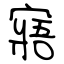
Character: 寤